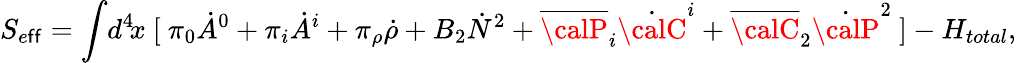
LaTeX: S_{e\mathsf{f}\mathsf{f}}=\int\! d^{4}\! x~[~\pi_{0}\dot{{A}}^{0}+\pi_{i}\dot{{A}}^{i}+\pi_{\rho}\dot{{\rho}}+B_{2}\dot{{N}}^{2}+\overline{{{{\calP}}}}_{i}\dot{{\calC}}^{i}+\overline{{{{\calC}}}}_{2}\dot{{\calP}}^{2}~]-H_{total},